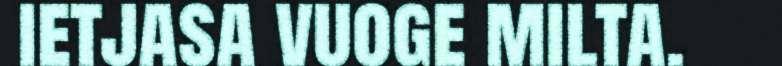
ietjasa vuoge milta.